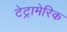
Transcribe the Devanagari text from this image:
टेट्रामेरिक